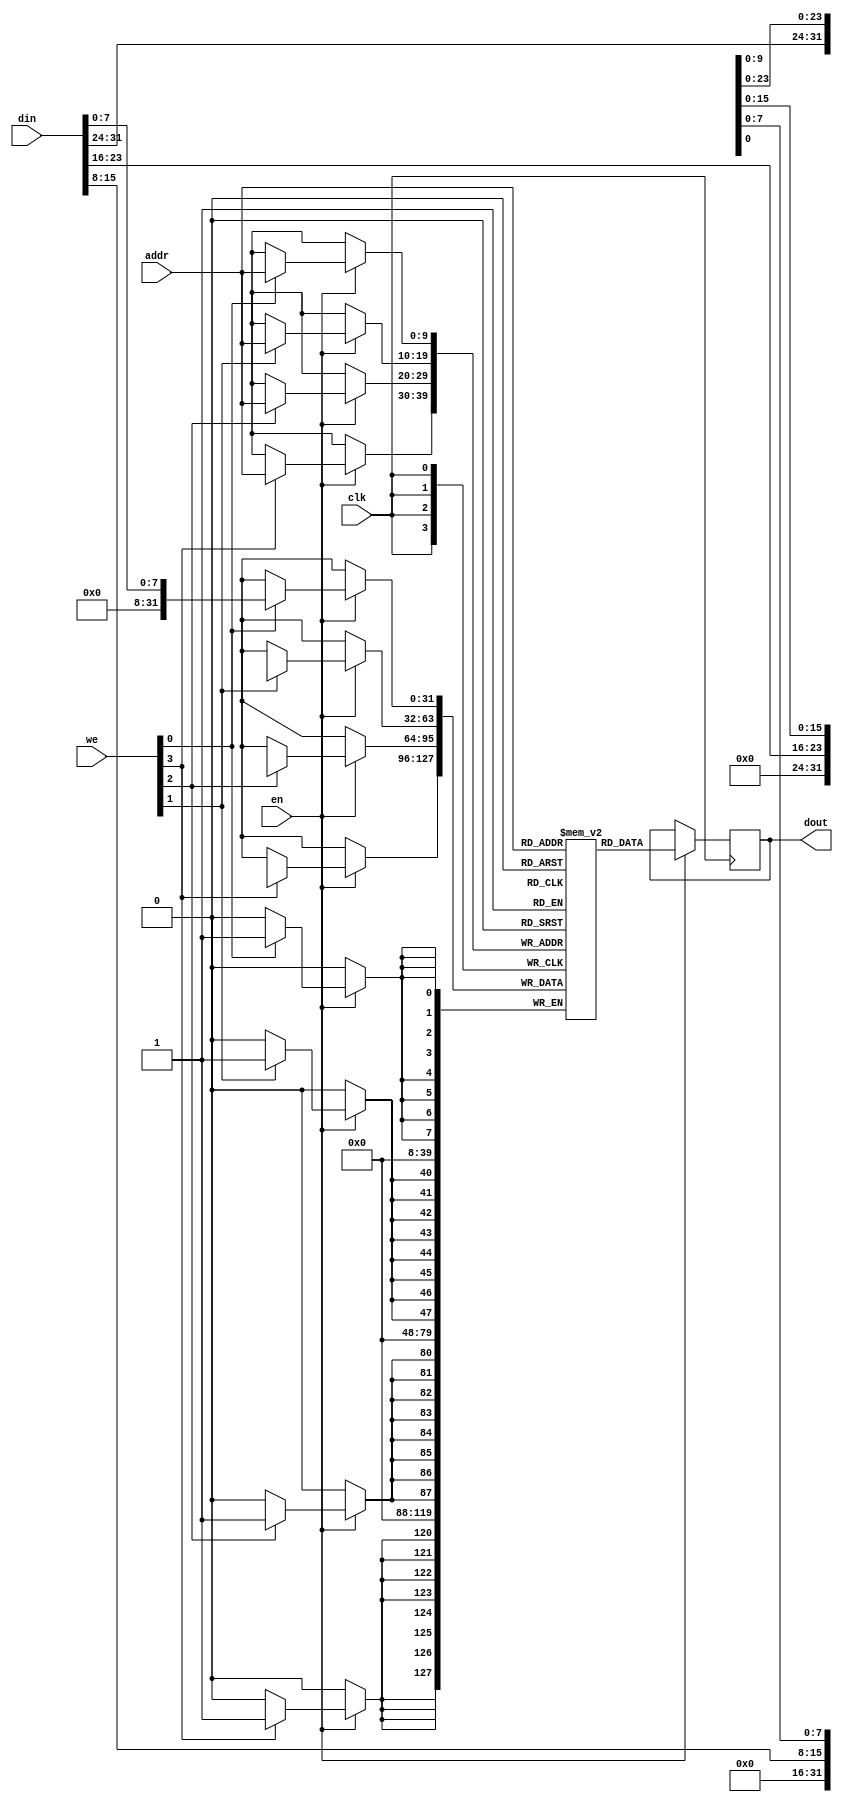
// Single-Port BRAM with Byte-wide Write Enable
// Read-First mode 

`timescale 1 ns / 1 ps

module iob_sp_ram_be 
  #(
    parameter FILE="none",
    parameter NUM_COL = 4,
    parameter COL_WIDTH = 8,
    parameter ADDR_WIDTH = 10,  
    //Addr Width in bits : 2*ADDR_WIDTH = RAM Depth
    parameter DATA_WIDTH = NUM_COL*COL_WIDTH  //Data Width in bits
    ) 
   ( 
     input                        clk, 
     input                        en, 
     input [NUM_COL-1:0]          we, 
     input [ADDR_WIDTH-1:0]       addr, 
     input [DATA_WIDTH-1:0]       din, 
     output reg [DATA_WIDTH-1:0]  dout
     ); 

   //this allows ISE 14.7 to work; do not remove
   localparam mem_init_file_int = FILE;

   // Core Memory 
   reg [DATA_WIDTH-1:0]           ram_block[(2**ADDR_WIDTH)-1:0]; 

   // Initialize the RAM
   initial 
     if(mem_init_file_int != "none")
       $readmemh(mem_init_file_int, ram_block, 0, 2**ADDR_WIDTH - 1);

   
   //Operation 
   integer                        i;     
   always @ (posedge clk) begin 
      if(en) begin 
         for(i=0;i<NUM_COL;i=i+1) begin 
            if(we[i]) begin 
               ram_block[addr][i*COL_WIDTH +: COL_WIDTH] <= din[i*COL_WIDTH +: COL_WIDTH]; 
            end 
         end dout <= ram_block[addr]; //Send Feedback
      end    
   end
   
endmodule